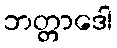
ဘတ္တာဒေါ